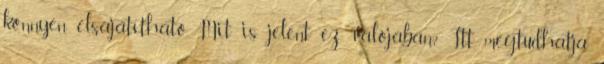
könnyen elsajátítható. Mit is jelent ez valójában? Itt megtudhatja